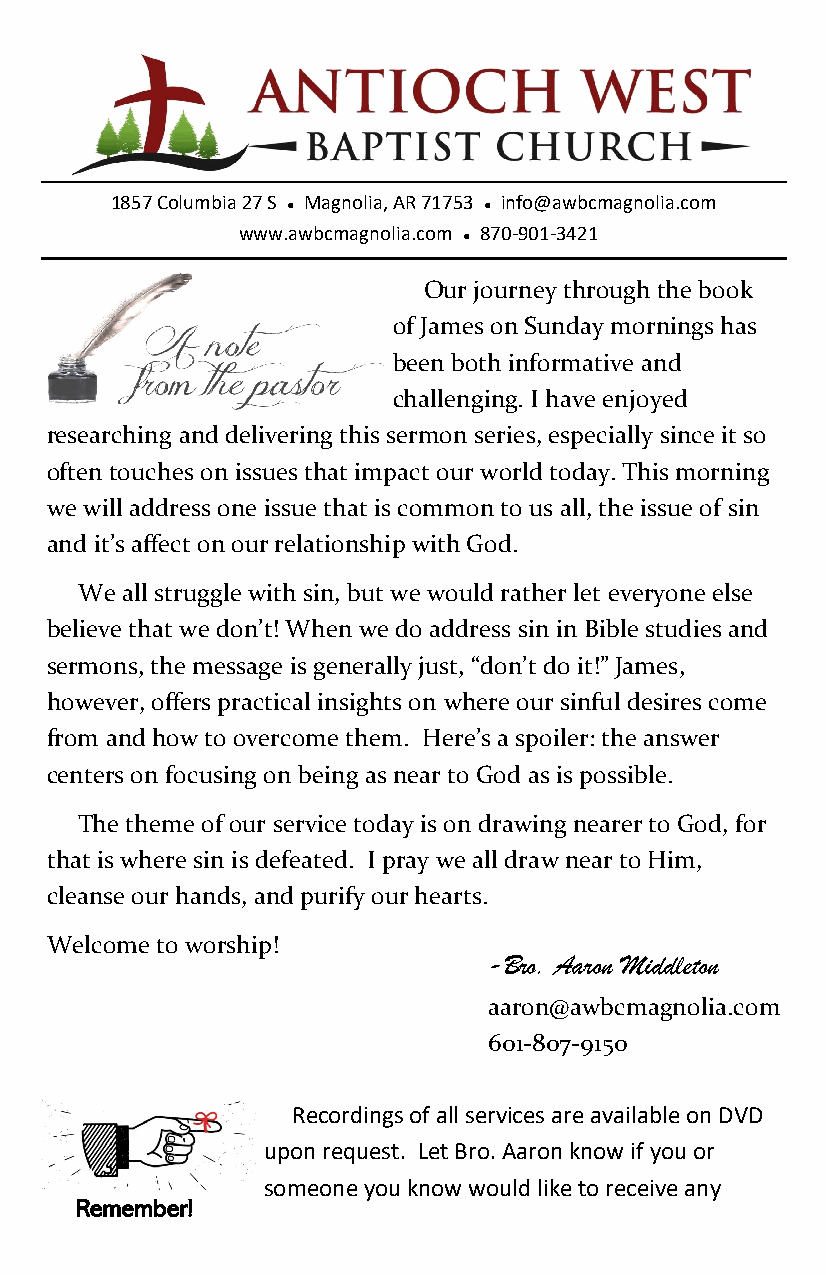
1857 Columbia 27 S ● Magnolia, AR 71753 ● info@awbcmagnolia.com
 www.awbcmagnolia.com ● 870-901-3421
 Our journey through the book
 of James on Sunday mornings has
 been both informative and
 challenging. I have enjoyed
 researching and delivering this sermon series, especially since it so
 often touches on issues that impact our world today. This morning
 we will address one issue that is common to us all, the issue of sin
 and it’s affect on our relationship with God.
 We all struggle with sin, but we would rather let everyone else
 believe that we don’t! When we do address sin in Bible studies and
 sermons, the message is generally just, “don’t do it!” James,
 however, offers practical insights on where our sinful desires come
 from and how to overcome them. Here’s a spoiler: the answer
 centers on focusing on being as near to God as is possible.
 The theme of our service today is on drawing nearer to God, for
 that is where sin is defeated. I pray we all draw near to Him,
 cleanse our hands, and purify our hearts.
 Welcome to worship!
 -Bro. Aaron Middleton
 aaron@awbcmagnolia.com
 601-807-9150
 Recordings of all services are available on DVD
 upon request. Let Bro. Aaron know if you or
 someone you know would like to receive any
 Remember!